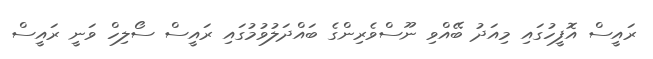
ރައީސް އޮފީހުގައި މިއަދު ބޭއްވި ނޫސްވެރިންގެ ބައްދަލުވުމުގައި ރައީސް ސޯލިހް ވަނީ ރައީސް